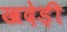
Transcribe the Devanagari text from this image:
खदेड़ी